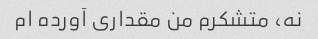
نه، متشکرم من مقداری آورده ام